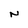
Character: N